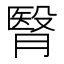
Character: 㬾